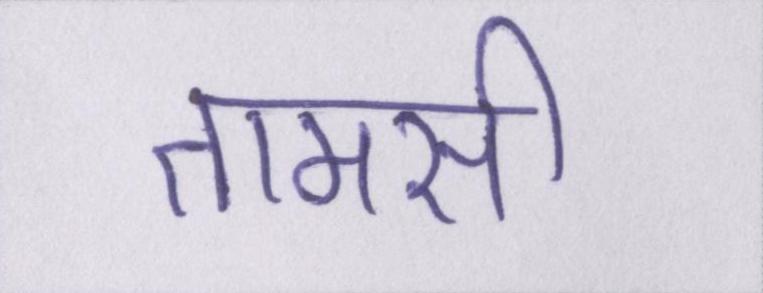
तामसी